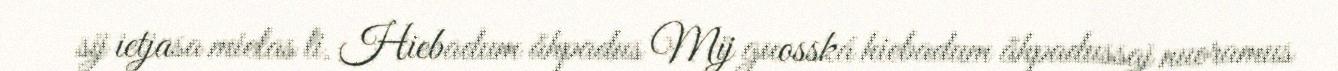
sij ietjasa mielas li. Hiebadum åhpadus Mij guosská hiebadum åhpadussaj nuoramus